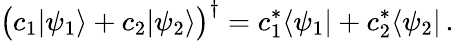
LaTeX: {\bigl(}c_{1}|\psi_{1}\rangle+c_{2}|\psi_{2}\rangle{\bigr)}^{\dagger}=c_{1}^{*}\langle\psi_{1}|+c_{2}^{*}\langle\psi_{2}|\, .